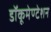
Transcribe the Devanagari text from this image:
डॉकूमेण्टेशन